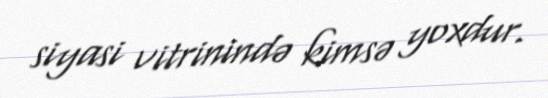
siyasi vitrinində kimsə yoxdur.